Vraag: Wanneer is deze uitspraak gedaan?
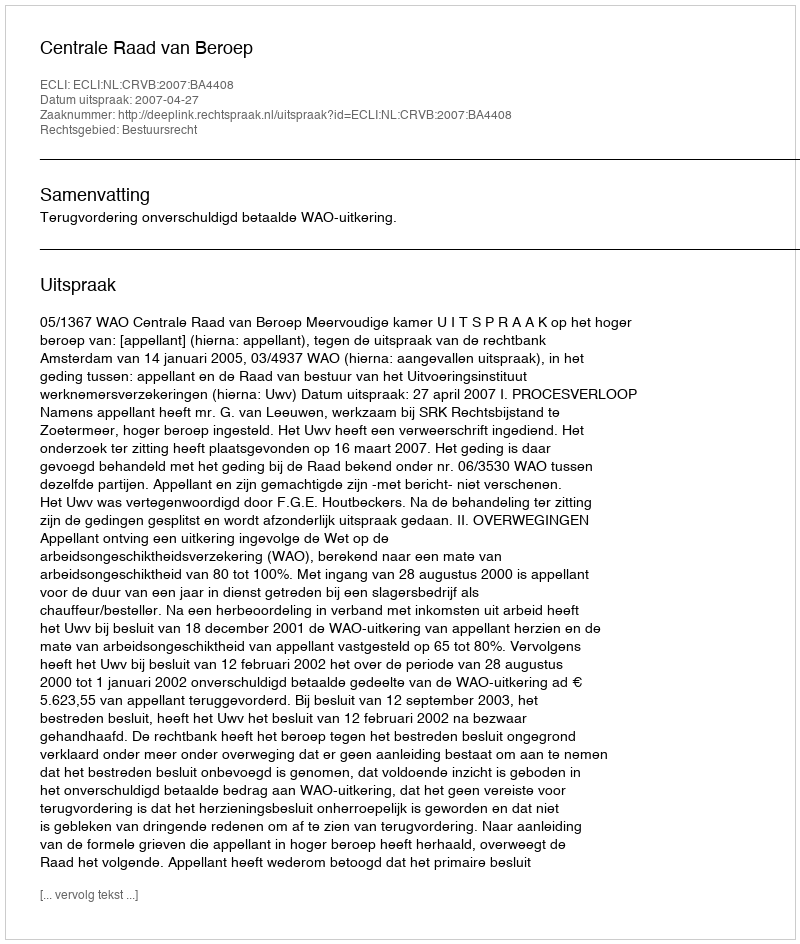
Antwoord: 2007-04-27